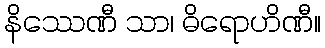
နိဿေဏီ သာ၊ ဓိရောဟိဏီ။